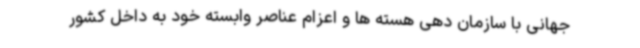
جهانی با سازمان دهی هسته ها و اعزام عناصر وابسته خود به داخل کشور